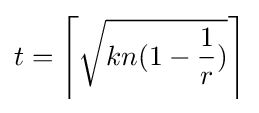
t=\left\lceil {\sqrt {kn(1-{\frac {1}{r}})}}\right\rceil